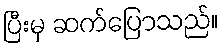
ပြီးမှ ဆက်ပြောသည်။